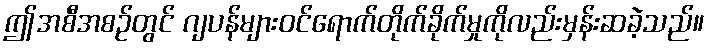
ဤအစီအစဉ်တွင် ဂျပန်များဝင်ရောက်တိုက်ခိုက်မှုကိုလည်းမှန်းဆခဲ့သည်။